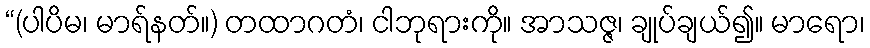
“(ပါပိမ၊ မာရ်နတ်။) တထာဂတံ၊ ငါဘုရားကို။ အာသဇ္ဇ၊ ချုပ်ချယ်၍။ မာရော၊